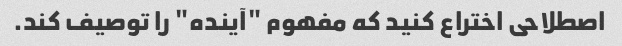
اصطلاحی اختراع کنید که مفهوم "آینده" را توصیف کند.